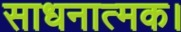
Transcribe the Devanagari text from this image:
साधनात्मक।